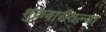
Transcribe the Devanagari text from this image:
शुक्रवारीतल्या